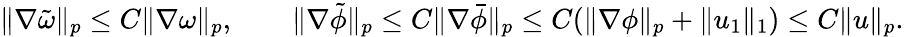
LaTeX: \begin{array}{r}{\| \nabla\tilde{\omega}\| _{p}\leq C\| \nabla\omega\| _{p},\qquad\| \nabla\tilde{\phi}\| _{p}\leq C\| \nabla\bar{\phi}\| _{p}\leq C(\| \nabla\phi\| _{p}+\| u_{1}\| _{1})\leq C\| u\| _{p}.}\end{array}